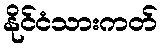
နိုင်ငံသားကတ်